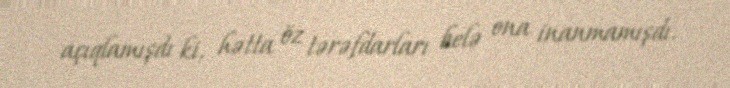
açıqlamışdı ki, hətta öz tərəfdarları belə ona inanmamışdı.